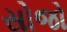
સોજો